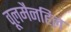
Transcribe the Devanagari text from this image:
वूलमैनहिल